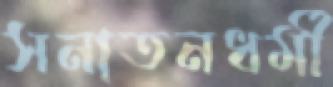
সনাতনধর্মী